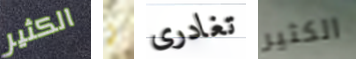
الكثير و تغادرى الكثير